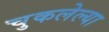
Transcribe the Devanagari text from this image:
चुकलेल्या